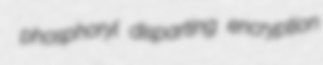
phosphoryl disparting encryption